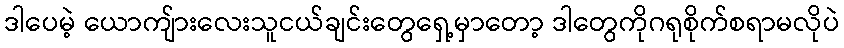
ဒါပေမဲ့ ယောကျ်ားလေးသူငယ်ချင်းတွေရှေ့မှာတော့ ဒါတွေကိုဂရုစိုက်စရာမလိုပဲ